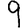
Digit: 9